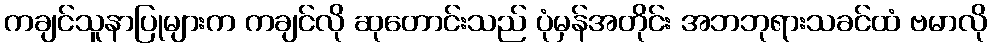
ကချင်သူနာပြုများက ကချင်လို ဆုတောင်းသည် ပုံမှန်အတိုင်း အဘဘုရားသခင်ထံ ဗမာလို